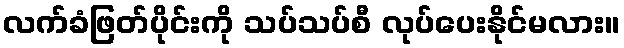
လက်ခံဖြတ်ပိုင်းကို သပ်သပ်စီ လုပ်ပေးနိုင်မလား။